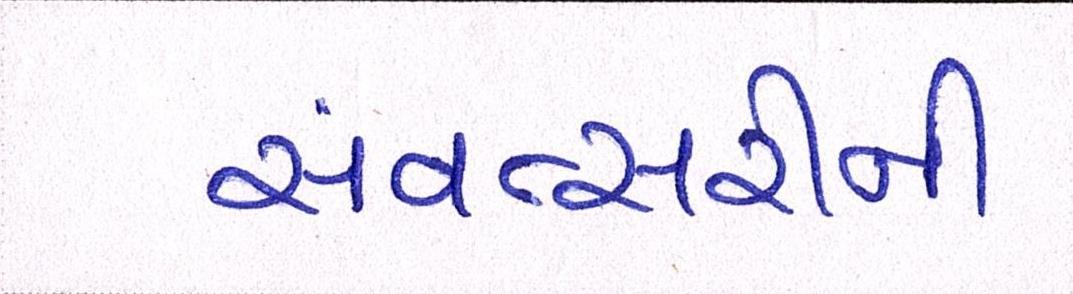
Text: સંવત્સરીની